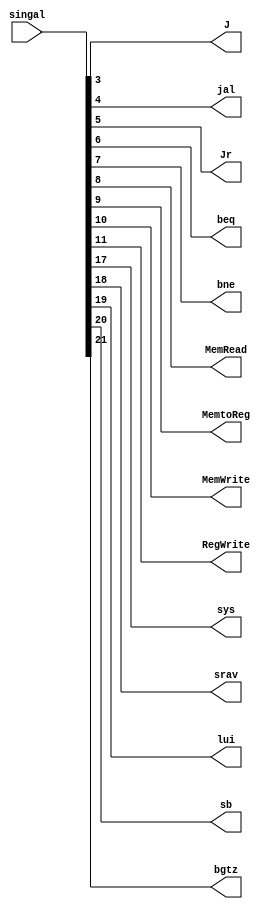
`timescale 1ns / 1ps
//////////////////////////////////////////////////////////////////////////////////
// Company: 
// Engineer: 
// 
// Design Name: 
// Module Name: singal3
// Project Name: 
// Target Devices: 
// Tool Versions: 
// Description: 
// 
// Dependencies: 
// 
// Revision:
// Revision 0.01 - File Created
// Additional Comments:
// 
//////////////////////////////////////////////////////////////////////////////////


module singal3(
    input[31:0] singal,
    output J,
    output jal,
    output Jr,
    output beq,
    output bne,
    output MemRead,
    output MemtoReg,
    output MemWrite,
    output RegWrite,
    output sys,
    output srav,
    output lui,
    output sb,
    output bgtz
    );
    
    assign  
            J = singal[3],
            jal = singal[4],
            Jr = singal[5],
            beq = singal[6],
            bne = singal[7],
            MemRead = singal[8],
            MemtoReg = singal[9],
            MemWrite = singal[10],
            RegWrite = singal[11],
            sys = singal[17],
            srav = singal[18],
            lui = singal[19],
            sb = singal[20],
            bgtz = singal[21];    
endmodule